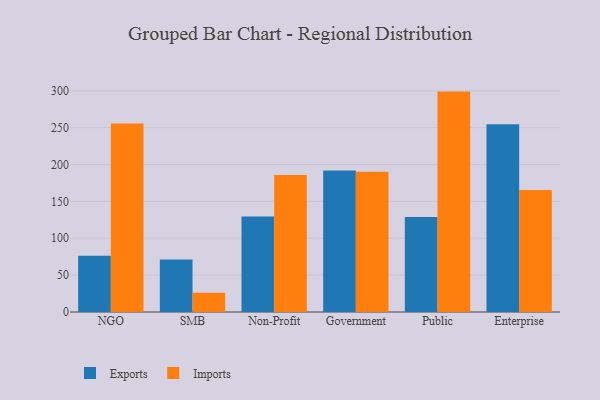
{"axis": {"x": "Segment", "y": "Net Income (USD K)"}, "legend": ["Exports", "Imports"], "data": [{"x": "NGO", "y": 76.3, "type": "Exports"}, {"x": "NGO", "y": 255.7, "type": "Imports"}, {"x": "SMB", "y": 71.3, "type": "Exports"}, {"x": "SMB", "y": 26.0, "type": "Imports"}, {"x": "Non-Profit", "y": 129.4, "type": "Exports"}, {"x": "Non-Profit", "y": 185.9, "type": "Imports"}, {"x": "Government", "y": 191.9, "type": "Exports"}, {"x": "Government", "y": 190.1, "type": "Imports"}, {"x": "Public", "y": 128.8, "type": "Exports"}, {"x": "Public", "y": 298.9, "type": "Imports"}, {"x": "Enterprise", "y": 254.6, "type": "Exports"}, {"x": "Enterprise", "y": 165.6, "type": "Imports"}]}